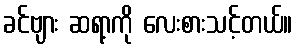
ခင်ဗျား ဆရာ့ကို လေးစားသင့်တယ်။